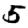
Digit: 5